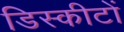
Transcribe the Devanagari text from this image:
डिस्कीटों